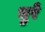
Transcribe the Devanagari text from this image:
चुरे